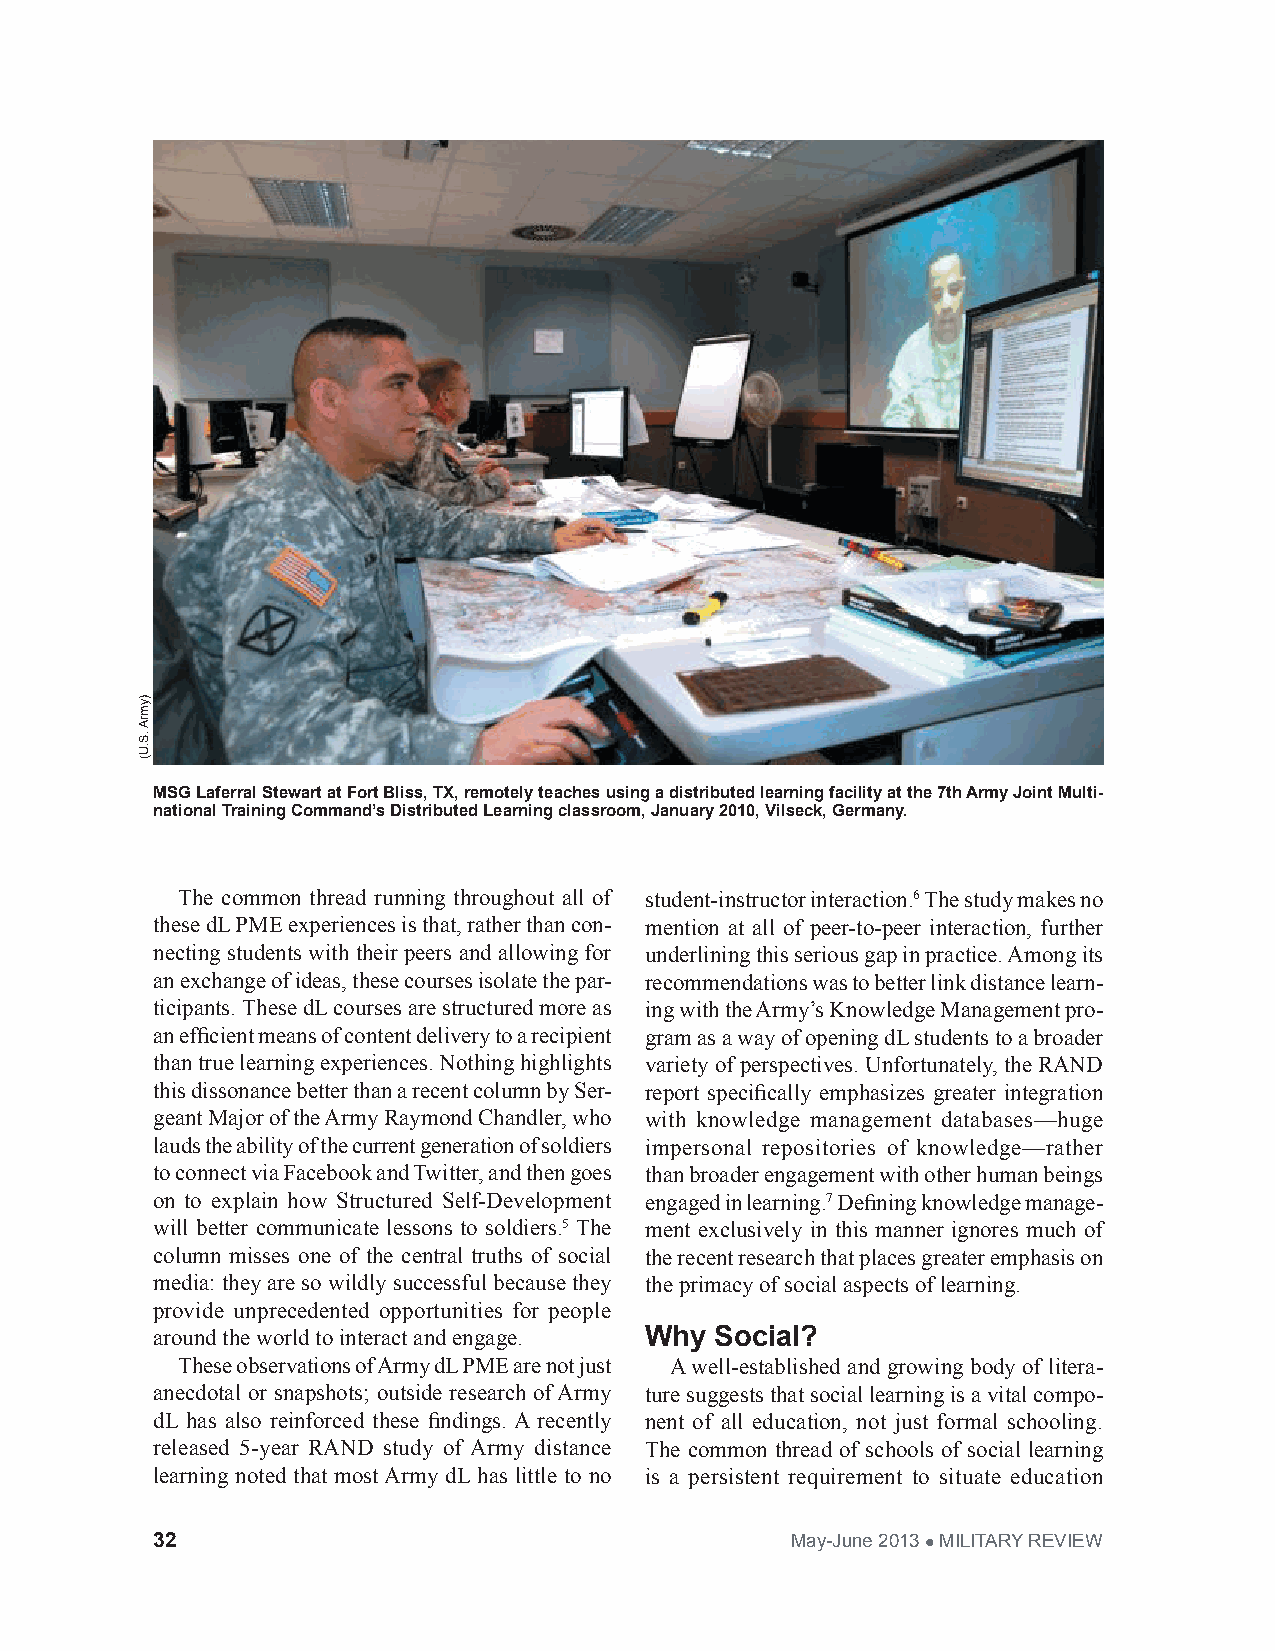
MSG Laferral Stewart at Fort Bliss, TX, remotely teaches using a distributed learning facility at the 7th Army Joint Multi-
 national Training Command’s Distributed Learning classroom, January 2010, Vilseck, Germany.
 The common thread running throughout all of student-instructor interaction.6 The study makes no
 these dL PME experiences is that, rather than con- mention at all of peer-to-peer interaction, further
 necting students with their peers and allowing for underlining this serious gap in practice. Among its
 an exchange of ideas, these courses isolate the par- recommendations was to better link distance learn-
 ticipants. These dL courses are structured more as ing with the Army’s Knowledge Management pro-
 an efficient means of content delivery to a recipient gram as a way of opening dL students to a broader
 than true learning experiences. Nothing highlights variety of perspectives. Unfortunately, the RAND
 this dissonance better than a recent column by Ser- report specifically emphasizes greater integration
 geant Major of the Army Raymond Chandler, who with knowledge management databases—huge
 lauds the ability of the current generation of soldiers impersonal repositories of knowledge—rather
 to connect via Facebook and Twitter, and then goes than broader engagement with other human beings
 on to explain how Structured Self-Development engaged in learning.7 Defining knowledge manage-
 will better communicate lessons to soldiers.5 The ment exclusively in this manner ignores much of
 column misses one of the central truths of social the recent research that places greater emphasis on
 media: they are so wildly successful because they the primacy of social aspects of learning.
 provide unprecedented opportunities for people
 around the world to interact and engage. Why Social?
 These observations of Army dL PME are not just A well-established and growing body of litera-
 anecdotal or snapshots; outside research of Army ture suggests that social learning is a vital compo-
 dL has also reinforced these findings. A recently nent of all education, not just formal schooling.
 released 5-year RAND study of Army distance The common thread of schools of social learning
 learning noted that most Army dL has little to no is a persistent requirement to situate education
 32                                        May-June 2013  MILITARY REVIEW
 )ymrA
 .S.U(